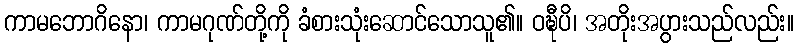
ကာမဘောဂိနော၊ ကာမဂုဏ်တို့ကို ခံစားသုံးဆောင်သောသူ၏။ ဝဍ္ဎီပိ၊ အတိုးအပွားသည်လည်း။